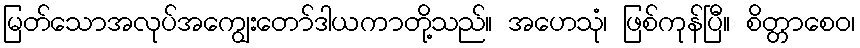
မြတ်သောအလုပ်အကျွေးတော်ဒါယကာတို့သည်။ အဟေသုံ၊ ဖြစ်ကုန်ပြီ။ စိတ္တာစေဝ၊